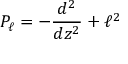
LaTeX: P _ { \ell } = - { \frac { d ^ { 2 } } { d z ^ { 2 } } } + \ell ^ { 2 }